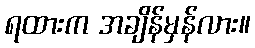
ရထားက အချိန်မှန်လား။